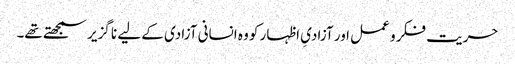
حریت فکر و عمل اور آزادیِ اظہار کو وہ انسانی آزادی کے لیے نا گزیر سمجھتے تھے۔